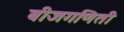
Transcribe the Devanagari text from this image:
बीजगणिती